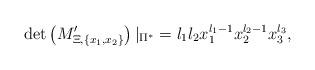
LaTeX: \begin{align*}\det \left( M'_{\Xi,\{x_1,x_2\}} \right)|_{\Pi^*} = l_1 l_2 x_1^{l_1-1} x_2^{l_2-1} x_3^{l_3},\end{align*}